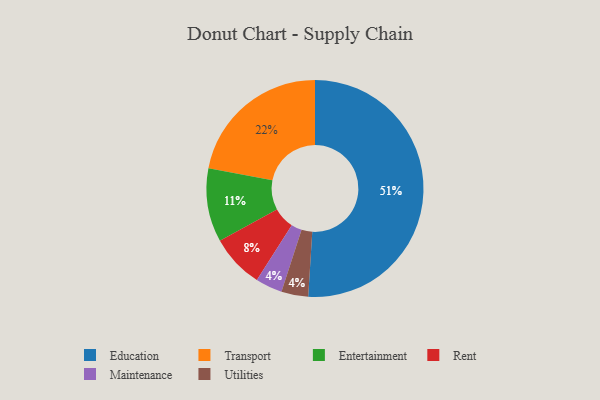
{"axis": {"x": "Category", "y": "Percentage"}, "legend": ["Education", "Entertainment", "Maintenance", "Rent", "Transport", "Utilities"], "data": [{"x": "Transport", "y": 22, "type": "Transport"}, {"x": "Rent", "y": 8, "type": "Rent"}, {"x": "Education", "y": 51, "type": "Education"}, {"x": "Entertainment", "y": 11, "type": "Entertainment"}, {"x": "Maintenance", "y": 4, "type": "Maintenance"}, {"x": "Utilities", "y": 4, "type": "Utilities"}]}